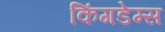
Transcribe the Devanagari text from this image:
किंगडेम्स